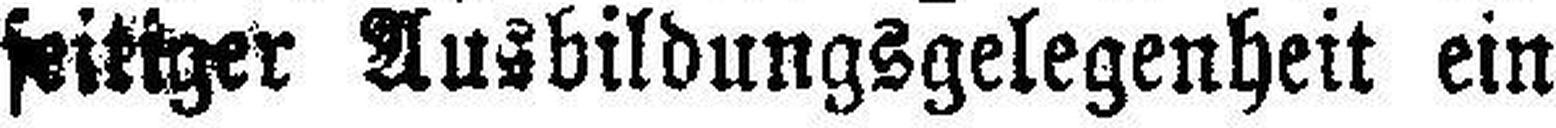
seitiger Ausbildungsgelegenheit ein